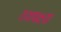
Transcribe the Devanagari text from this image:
राजयक्ष्या